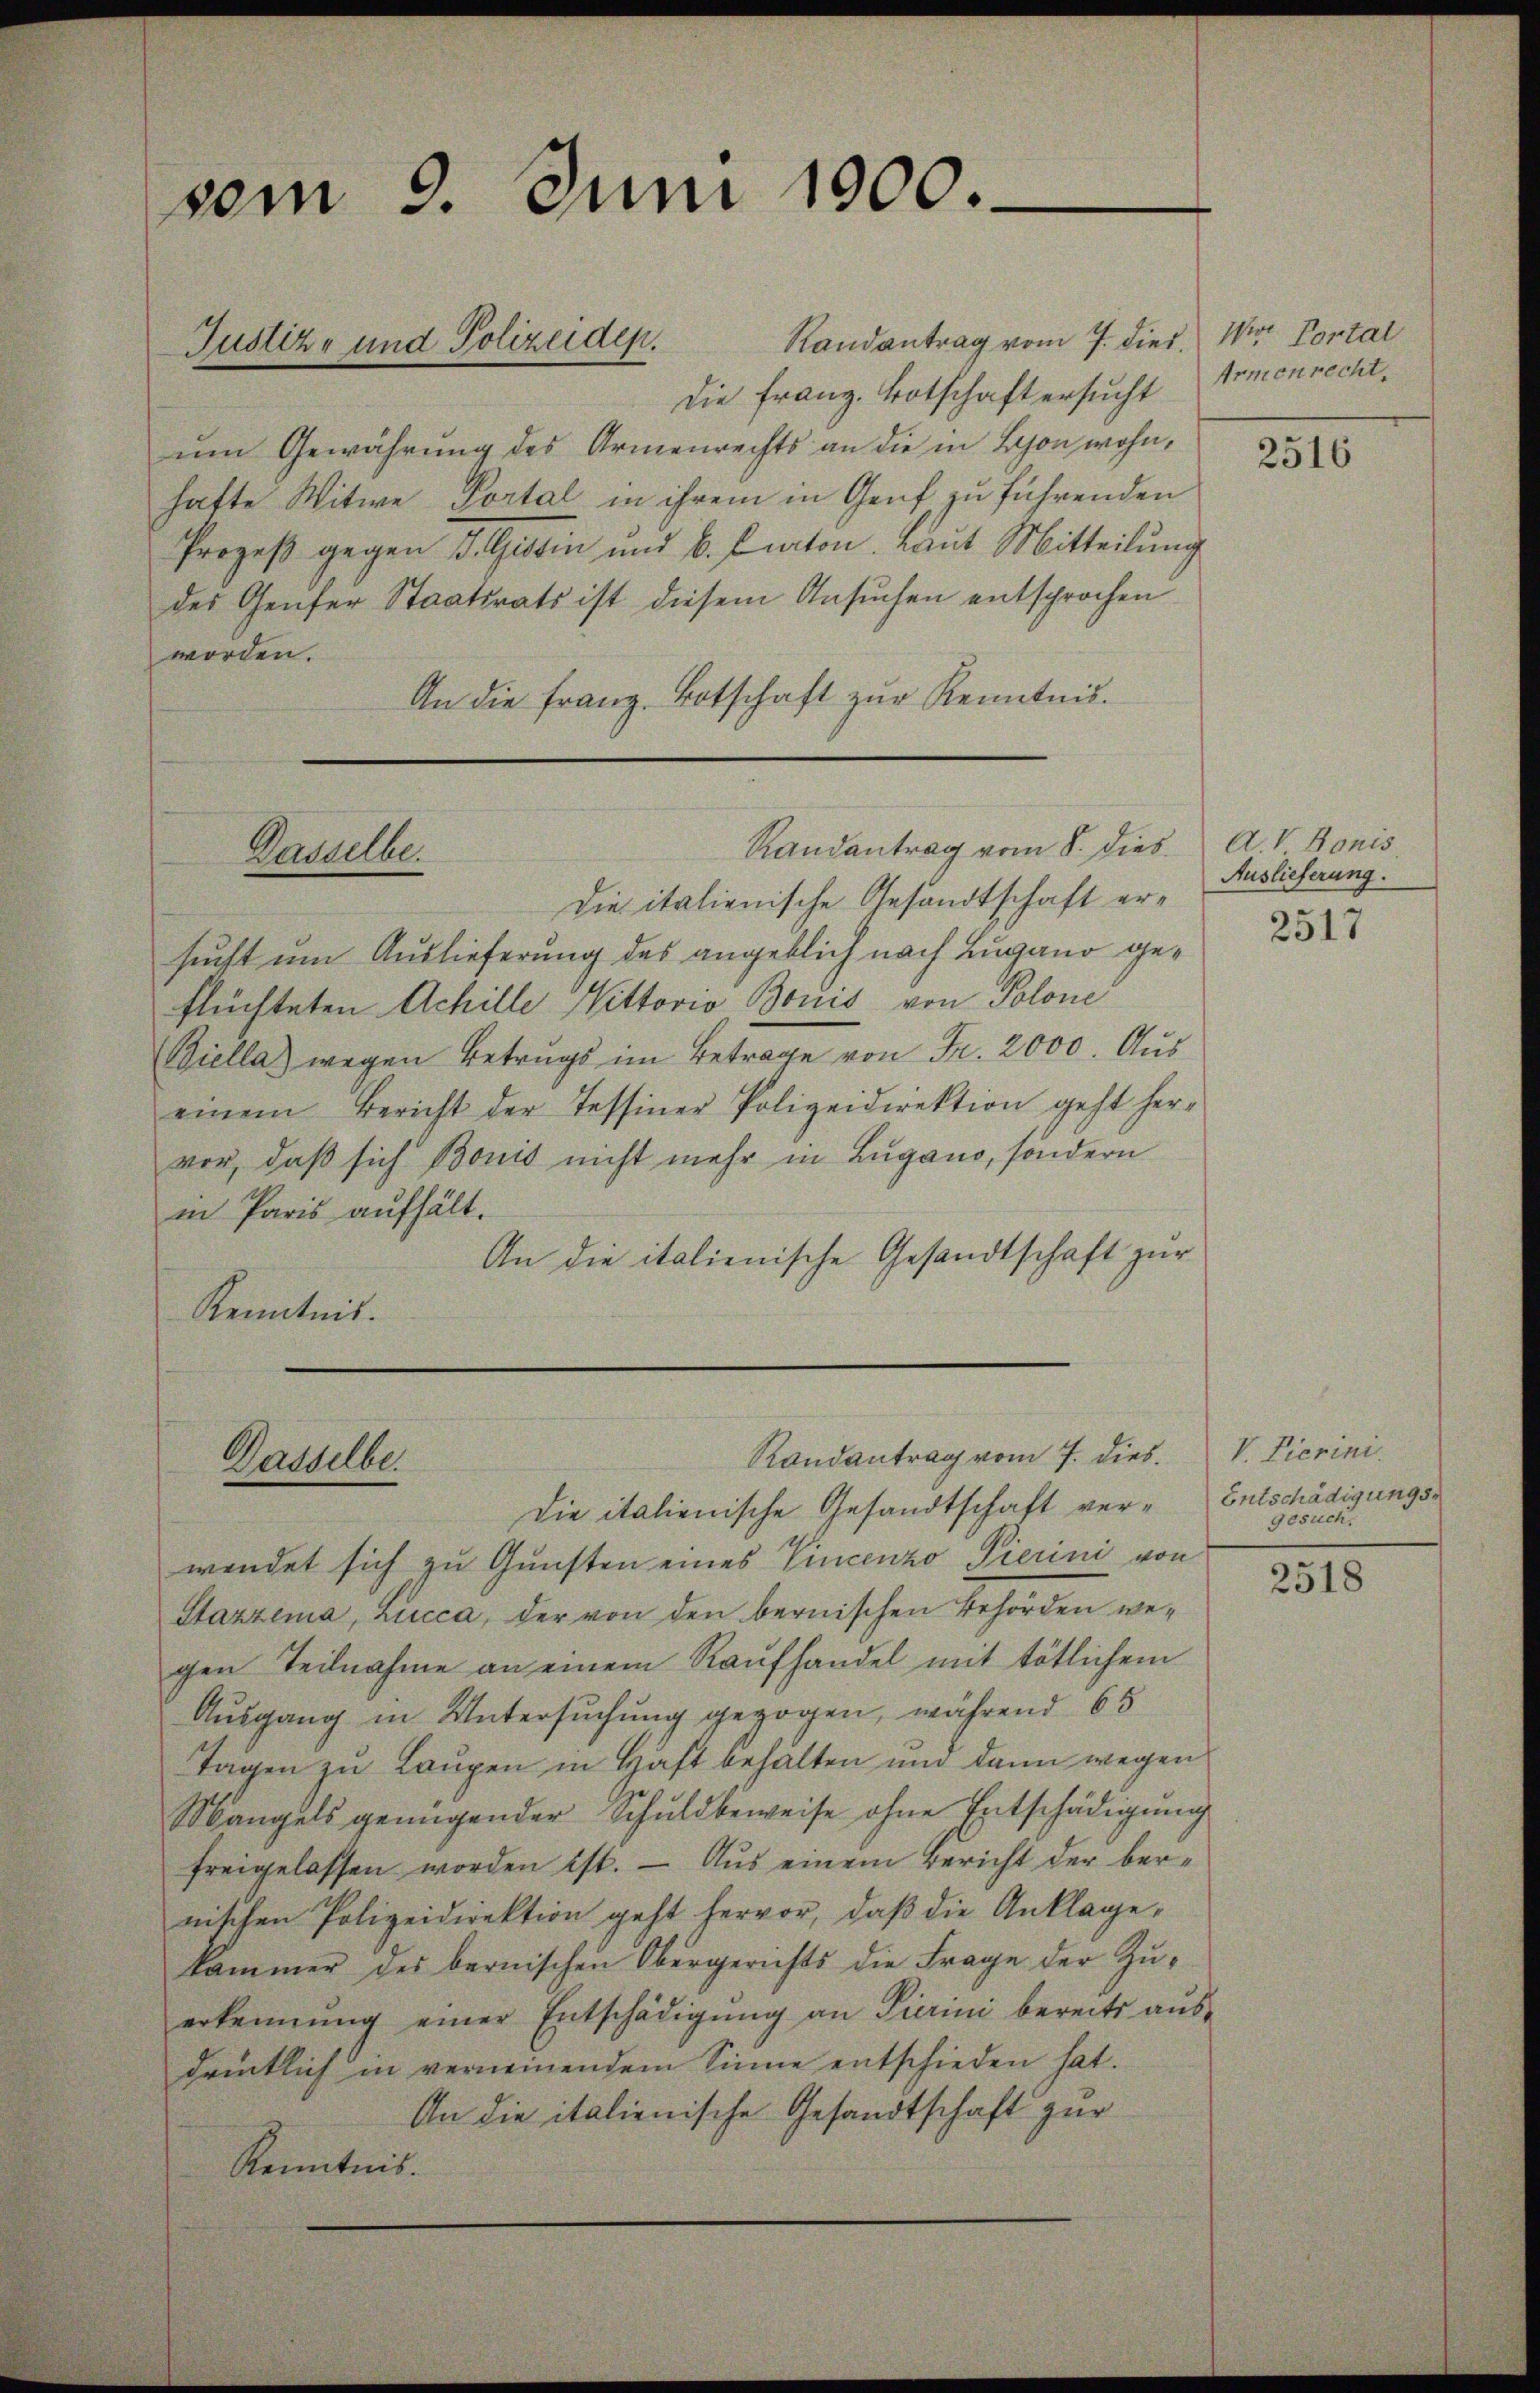
vom 9. Juni 1900.

die Franz. Botschaft ersucht Armenrecht.
um Gewährung des Armenrechts an die in Bon wohnhafte Witwe Portal in ihrem in Genf zu führenden
Prozeß gegen J. Gisdin und 6. Braton. Laut Mitteilung
des Genfer Staatsrats ist diesem Ansuchen entsprochen
worden.
An die Franz Botschaft zŭr Kenntnis.

Justiz- und Polizeiden.

Dasselbe.

Dasselbe.

Randantrag vom 8. dies A. V. Bonis

Die italienische Gesandtschaft ersucht um Auslieferung des angeblich nach Lugano geflüchteten Achille Nittorio Bonis von Polone
Biella) wegen Betrags im Betrage von Fr. 2000. Aus
einem Bericht der Tessiner Polizeidirektion geht her-
vor, daß sich Bonis nicht mehr in Lugano, sondern
in Paris aufhält.
An die italienische Gesandtschaft zur
Kenntnis.

Randantrag vom 7. dies. V. Pierini.

Randantrag vom 7. dies. War Portal

Die italienische Gesandtschaft ver- Entschädigungswendet sich zu Gunsten eines Vincenzo Pierini von
Stazzema, Lucca, der von den bernischen Behörden wegen Teilnahme an einem Raufhandel mit tötlichem
Ausgang in Untersuchung gezogen, während 65
Tagen zu Laupen in Haft behalten und dann wegen
Mangels genügender Schuldbeweise ohne Entschädigung
freigelassen worden ist. — Aus einem Bericht der bernischen Polizeidirektion geht hervor, daß die Anklage,
kammer des bernischen Obergerichts die Frage der Zuerkennung einer Entschädigung an Pierini bereits ausdrücklich in verneinendem Sinne entschieden hat.
An die italienische Gesandtschaft zur
Kenntnis.

2516

Auslieferung.

2517

Gesuch.

2518